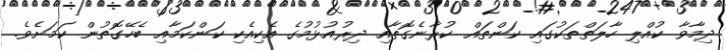
ދިމާވާ ކުއްލި ހާލަތްތަކުގައި ކަންތައް ކުރާނެގޮތާއި ދިރުއުޅުމުގެ އެކިއެކި ކަންކަމާއި ބެހޭގޮތުން ކަމަށެވެ.